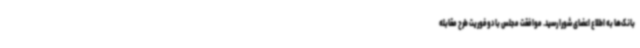
بانک‌ها به اطلاع اعضای شورا رسید. موافقت مجلس با دوفوریت طرح مقابله